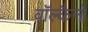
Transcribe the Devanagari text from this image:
वॉल्कैनो